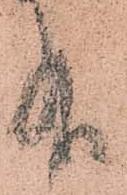
有